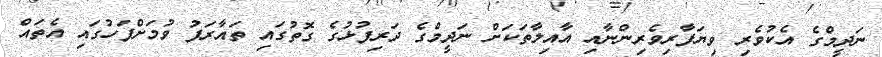
ނަދީމްގެ އެކުވެރި ވިޔަފާރިވެރިންނާއި އާއިލާތަކަށް ނަދީމްގެ ދަރިފުޅުގެ ގޮތުގައި ތައާރަފު ވުމަށްފަހުގައި އެތައް